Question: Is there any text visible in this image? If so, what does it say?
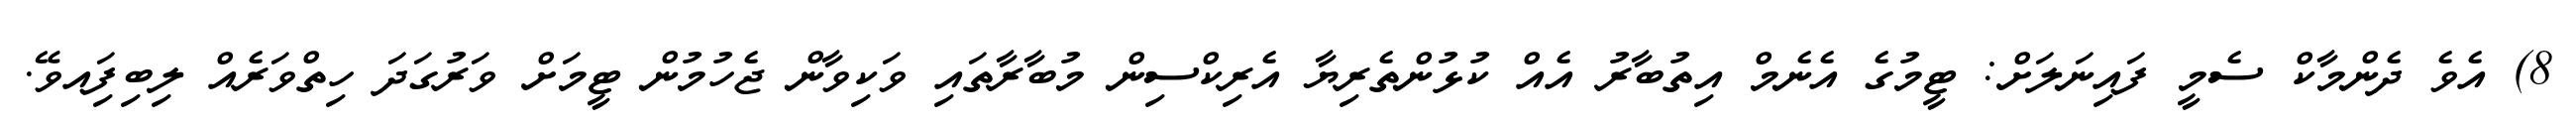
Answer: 8) އެވެ ދެންމާކް ސެމީ ފައިނަލަށް: ޓީމުގެ އެނެމް އިތުބާރު އެއް ކުޅުންތެރިޔާ އެރިކްސިން މުބާރާތައި ވަކިވާން ޖެހުމުން ޓީމަށް ވަރުގަދަ ހިތްވަރެއް ލިބިފަިއވޭ.